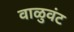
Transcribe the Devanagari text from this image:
वाळुवंट